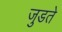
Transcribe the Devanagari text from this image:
जुडते